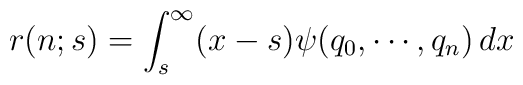
r(n;s)=\int_s^\infty (x-s) \psi(q_0,\cdots,q_n)\, dx